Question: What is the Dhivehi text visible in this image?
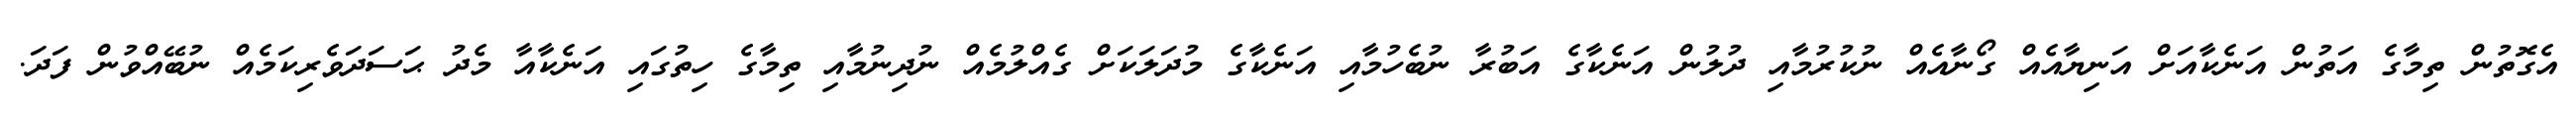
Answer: އެގޮތުން ތިމާގެ އަތުން އަނެކާއަށް އަނިޔާއެއް ގޯނާއެއް ނުކުރުމާއި ދުލުން އަނެކާގެ އަބުރާ ނުބެހުމާއި އަނެކާގެ މުދަލަކަށް ގެއްލުމެއް ނުދިނުމާއި ތިމާގެ ހިތުގައި އަނެކާއާ މެދު ޙަސަދަވެރިކަމެއް ނުބޭއްވުން ފަދަ.